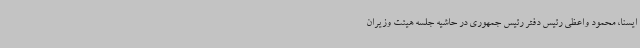
ایسنا، محمود واعظی رئیس دفتر رئیس جمهوری در حاشیه جلسه هیئت وزیران